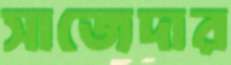
সাজেদার